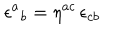
LaTeX: \epsilon ^ { a } { } _ { b } = \eta ^ { a c } \, \epsilon _ { c b }